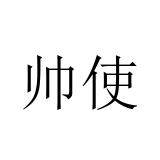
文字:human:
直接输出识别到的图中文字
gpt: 帅使